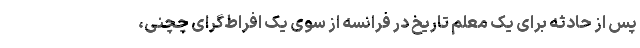
پس از حادثه برای یک معلم تاریخ در فرانسه از سوی یک افراط‌گرای چچنی،